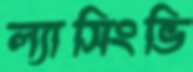
ল্যাসিংভি